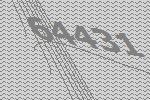
64431